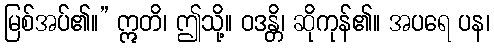
မြစ်အပ်၏။” ဣတိ၊ ဤသို့။ ဝဒန္တိ၊ ဆိုကုန်၏။ အပရေ ပန၊